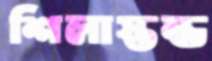
শিলাস্তম্ভ